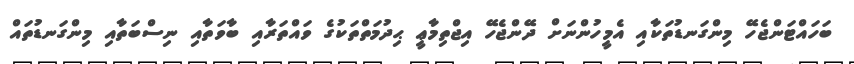
ބަހައްޓަންޖެހޭ މިންގަނޑުތަކާއި އެމީހުންނަށް ދޭންޖެހޭ އިޖްތިމާޢީ ޙިދުމަތްތަކުގެ ވައްތަރާއި ބާވަތާއި ނިސްބަތާއި މިންގަނޑުތައް